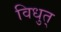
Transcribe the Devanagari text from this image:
विधुत्